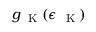
g _ { \mathrm { ~ \tiny ~ K ~ } } ( \epsilon _ { \mathrm { ~ \tiny ~ K ~ } } )